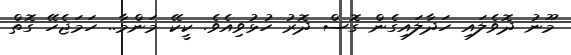
މޫނު ދޮވެލައި ހަދާލައިގެން ގޮސް ދޮރު ހުޅުވިއެވެ. ކީކޭ މަންމާ.. ހަމަޖެހޭ ގޮތް